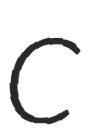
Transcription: C